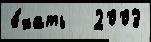
е́хать   2003